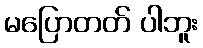
မပြောတတ် ပါဘူး